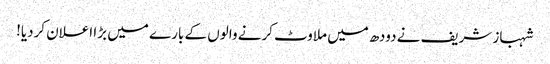
شہباز شریف نے دودھ میں ملاوٹ کرنے والوں کے بارے میں بڑا اعلان کردیا!